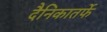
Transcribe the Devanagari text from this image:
दैनिकातर्फे